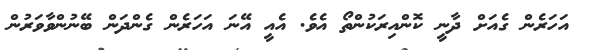
އަހަރެން ގެއަށް ދާނީ ކޮންއިރަކުންތޯ އެވެ. އެއީ އޭނަ އަހަރެން ގެންދަން ބޭނުންވާވަރުން